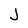
Character: J